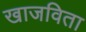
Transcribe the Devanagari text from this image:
खाजविता